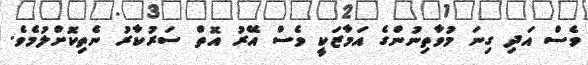
ވެސް އަދި ގިނަ މުވާތިނުންގެ އަމާޒަކީ ވެސް އޭރު އޮތް ސަރުކާރު ނެތިކޮށްލުމެވެ.